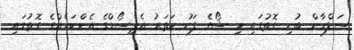
ސަލްމާން ބުނި ގޮތުގައި މި ޝޯގެ ފަހު ހަތަރު އެޕިސޯޑްގެ އެންކަރެއްގެ ގޮތުގައި